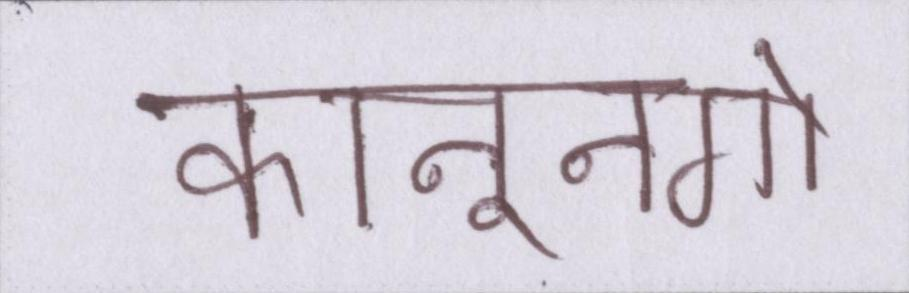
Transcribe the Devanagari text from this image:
कानूनगो